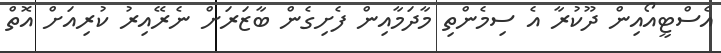
އެސްޓީއޯއިން ދޫކުރާ އެ ސިމެންތި މާދަމާއިން ފެށިގެން ބާޒަރަށް ނެރޭއިރު ކުރިއަށް އޮތް